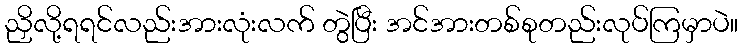
ညှိလို့ရရင်လည်းအားလုံးလက် တွဲပြီး အင်အားတစ်စုတည်းလုပ်ကြမှာပဲ။